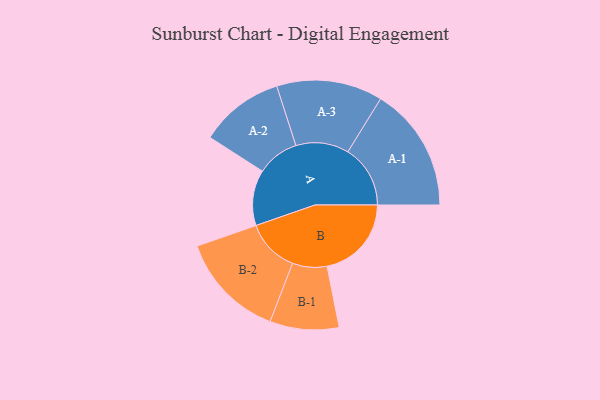
{"axis": {"x": "Segment", "y": "Value"}, "legend": ["", "A", "B"], "data": [{"x": "A", "y": 261, "type": ""}, {"x": "B", "y": 396, "type": ""}, {"x": "A-1", "y": 293, "type": "A"}, {"x": "A-2", "y": 198, "type": "A"}, {"x": "A-3", "y": 249, "type": "A"}, {"x": "B-1", "y": 162, "type": "B"}, {"x": "B-2", "y": 250, "type": "B"}]}